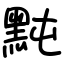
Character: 黗